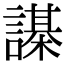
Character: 𧬗